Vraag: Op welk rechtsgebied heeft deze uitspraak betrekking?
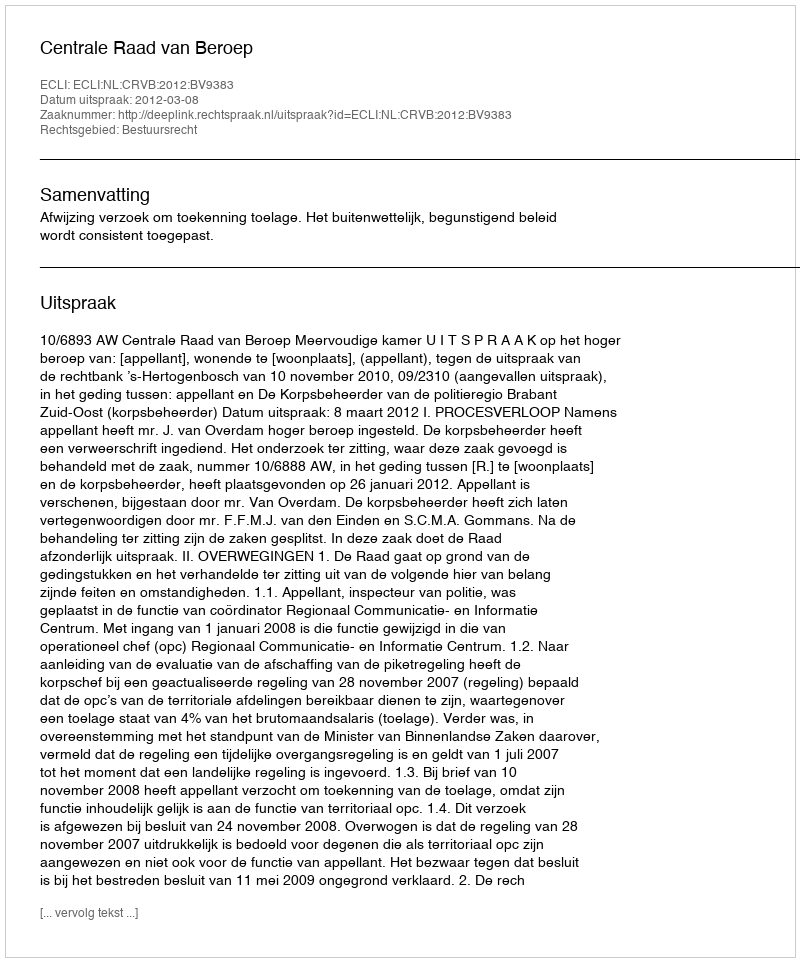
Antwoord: Bestuursrecht